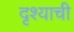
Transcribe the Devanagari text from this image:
दृश्याची